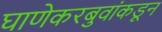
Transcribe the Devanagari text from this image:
घाणेकरबुवांकडून